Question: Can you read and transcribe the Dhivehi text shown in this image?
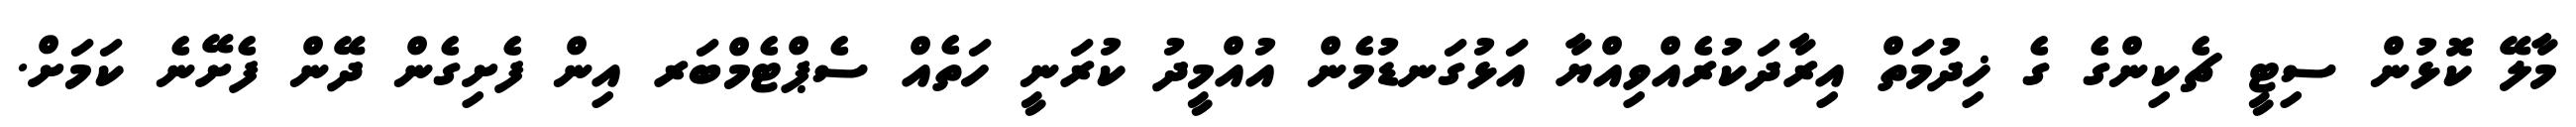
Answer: މާލޭ ކޮޅުން ސިޓީ ޗެކިންގެ ގެ ޚިދުމަތް އިރާދަކުރެއްވިއްޔާ އަޅުގަނޑުމެން އުއްމީދު ކުރަނީ ހަތެއް ސެޕްޓެމްބަރ އިން ފެށިގެން ދޭން ފެށޭނެ ކަމަށް.